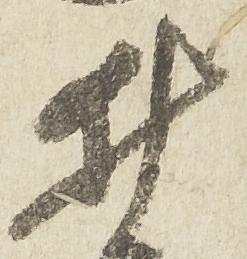
井